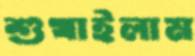
শুখাইলাম